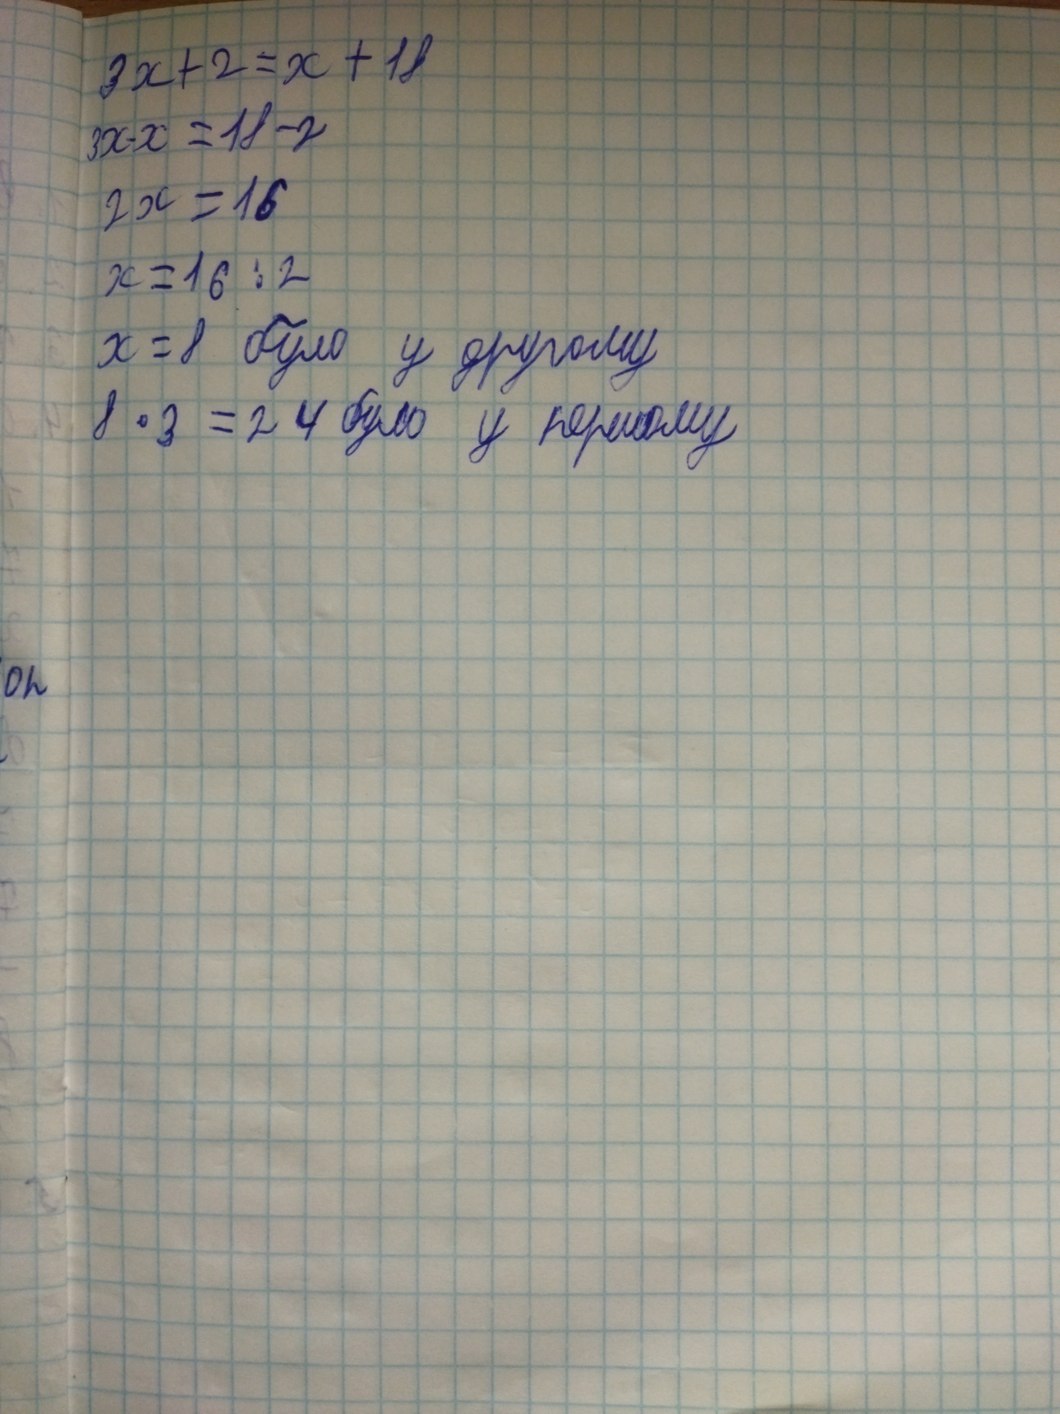
3x + 2 = x + 18
3x-x = 18-2
2x = 16
x = 16 : 2
x = 8 було у другому
8 · 3 = 24 було у першому